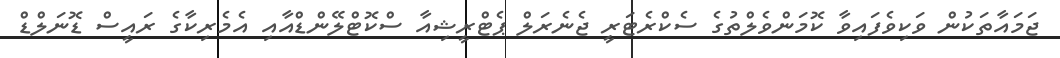
ޖަމައާތަކުން ވަކިވެފައިވާ ކޮމަންވެލްތުގެ ސެކްރެޓަރީ ޖެނެރަލް ޕެޓްރީޝިއާ ސްކޮޓްލޭންޑްއާއި އެމެރިކާގެ ރައީސް ޑޮނަލްޑް